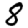
Digit: 8